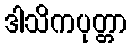
ဒါသိကပုတ္တာ